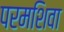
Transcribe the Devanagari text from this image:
परमशिवा